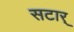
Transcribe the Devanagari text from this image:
सटार्